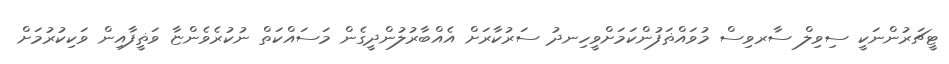
ޓީޗަރުންނަކީ ސިވިލް ސާރވިސް މުވައްޡަފުންކަމަށްވީހިނދު ސަރުކާރަށް އެއްބާރުލުންދީގެން މަސައްކަތް ނުކުރެވެންޏާ ވަޡީފާއިން ވަކިކުރުމަށް